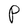
Character: P